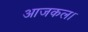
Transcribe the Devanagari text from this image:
आजकल।